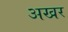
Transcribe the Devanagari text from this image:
अखर